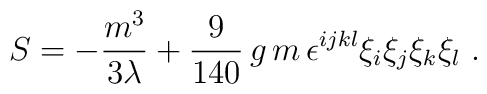
S=-\frac{m^3}{3\lambda}+\frac{9}{140}\,g\,m\,\epsilon^{ijkl}\xi_i\xi_j\xi_k\xi_l\ .